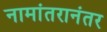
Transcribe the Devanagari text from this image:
नामांतरानंतर